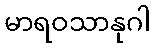
မာရဝသာနုဂါ